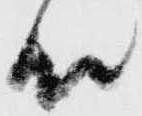
殿